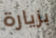
بزيارة